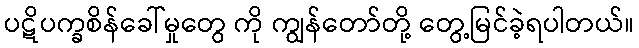
ပဋိပက္ခစိန်ခေါ်မှုတွေ ကို ကျွန်တော်တို့ တွေ့မြင်ခဲ့ရပါတယ်။